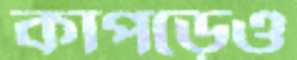
কাপড়েও